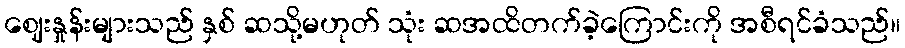
ဈေးနှုန်းများသည် နှစ် ဆသို့မဟုတ် သုံး ဆအထိတက်ခဲ့ကြောင်းကို အစီရင်ခံသည်။